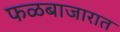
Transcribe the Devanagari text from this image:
फळबाजारात